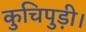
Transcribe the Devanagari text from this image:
कुचिपुड़ी।